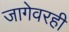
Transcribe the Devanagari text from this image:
जागेवरही